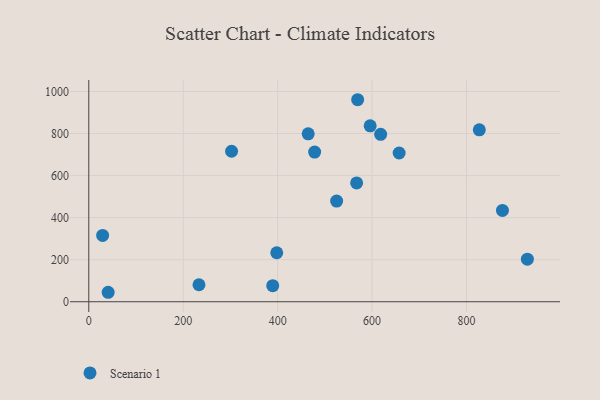
{"axis": {"x": "Study Hours", "y": "Demand"}, "legend": ["Scenario 1"], "data": [{"x": "389.6", "y": 76.6, "type": "Scenario 1"}, {"x": "302.4", "y": 715.8, "type": "Scenario 1"}, {"x": "929.0", "y": 202.4, "type": "Scenario 1"}, {"x": "827.2", "y": 817.7, "type": "Scenario 1"}, {"x": "29.3", "y": 315.2, "type": "Scenario 1"}, {"x": "525.0", "y": 479.0, "type": "Scenario 1"}, {"x": "478.4", "y": 711.9, "type": "Scenario 1"}, {"x": "596.0", "y": 836.7, "type": "Scenario 1"}, {"x": "464.7", "y": 798.7, "type": "Scenario 1"}, {"x": "569.5", "y": 960.8, "type": "Scenario 1"}, {"x": "233.4", "y": 80.8, "type": "Scenario 1"}, {"x": "618.2", "y": 796.4, "type": "Scenario 1"}, {"x": "398.1", "y": 232.9, "type": "Scenario 1"}, {"x": "657.4", "y": 707.3, "type": "Scenario 1"}, {"x": "876.2", "y": 434.1, "type": "Scenario 1"}, {"x": "41.0", "y": 45.0, "type": "Scenario 1"}, {"x": "567.3", "y": 565.3, "type": "Scenario 1"}]}